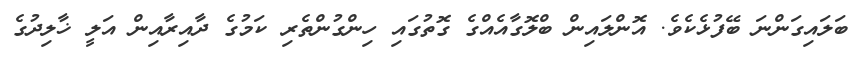
ބަލައިގަންނަ ބޭފުޅެކެވެ. އޮންލައިން ބްލޮގާއެއްގެ ގޮތުގައި ހިންގުންތެރި ކަމުގެ ދާއިރާއިން އަލީ ޚާލިދުގެ